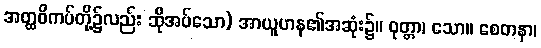
အတ္ထဝိကပ်တို့၌လည်း ဆိုအပ်သော) အာယူဟန၏အဆုံး၌။ ဝုတ္တာ၊ သော။ စေတနာ၊